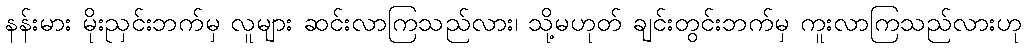
နန်းမား မိုးညှင်းဘက်မှ လူများ ဆင်းလာကြသည်လား၊ သို့မဟုတ် ချင်းတွင်းဘက်မှ ကူးလာကြသည်လားဟု